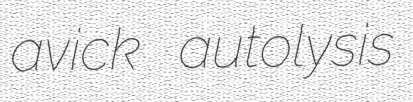
avick autolysis